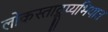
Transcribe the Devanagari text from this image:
लोकस्ताद्रूप्यभियात